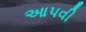
આપવી